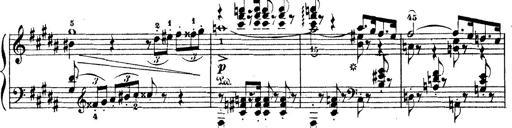
Title: Wagner-Liszt Album
Composer: Franz Liszt